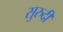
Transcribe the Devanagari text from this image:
सुरुदी